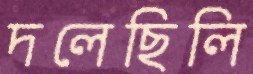
দলেছিলি